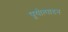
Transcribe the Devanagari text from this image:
पूयोत्पादन